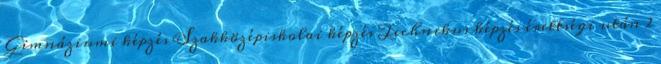
Gimnáziumi képzés Szakközépiskolai képzés Technikus képzés érettségi után 2